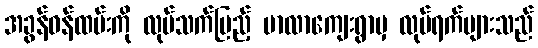
အခွန်ဝန်ထမ်းကို လုပ်သက်ပြည့် မာလာကျေးရွာမှ လုပ်ရက်များသည်